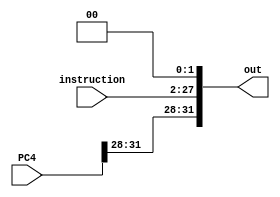
// EECE3324 
// Computer Architecture
// Final Project
// Kevin Wong & Jonathan Marrero

// Shift Left 2 module (PC Loop)
//
// Calculates jump target address:  
//   shift lower 26 bits of jump instruction left 2 bits
//   concatenate upper 4 bits of PC+4 as high-order bits

`timescale 1ns/1ns

module ShiftLeft2PC(instruction, PC4, out);
  
  input [25:0] instruction;       // instruction [25-0]
  input [31:0] PC4;         // PC+4 bits 
  output reg [31:0] out;   // output [31-0]
  
  always @ (instruction) begin
    // add two zeros to end to shift left 2 bits,
    // then add the upper 4 bits of PC+4
    out = {PC4[31:28], {instruction[25:0], 2'b00}}; 
  end
endmodule